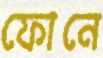
ফোনে